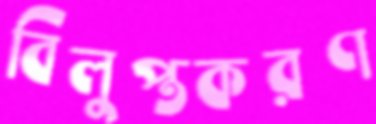
বিলুপ্তকরণ